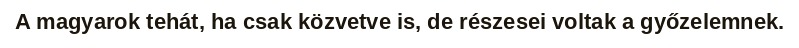
A magyarok tehát, ha csak közvetve is, de részesei voltak a győzelemnek.